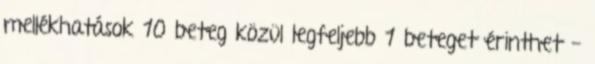
mellékhatások 10 beteg közül legfeljebb 1 beteget érinthet -